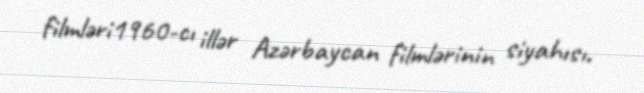
filmləri1960-cı illər Azərbaycan filmlərinin siyahısı.